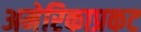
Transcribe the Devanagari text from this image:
अमेरिकाप्रकट